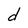
Character: d